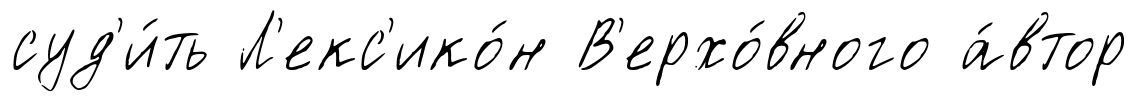
суд'и́ть Л'екс'ико́н В'ерхо́вного а́втор